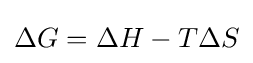
\Delta G=\Delta H-T\Delta S